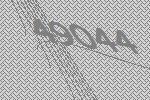
49044